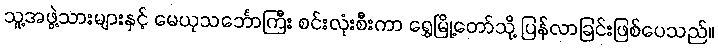
သူ့အဖွဲ့သားများနှင့် မေယုသင်္ဘောကြီး စင်းလုံးစီးကာ ရွှေမြို့တော်သို့ ပြန်လာခြင်းဖြစ်ပေသည်။